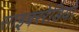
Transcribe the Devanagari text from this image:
साइबररेडियो